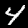
Digit: 4